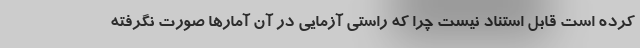
کرده است قابل استناد نیست چرا که راستی آزمایی در آن آمارها صورت نگرفته